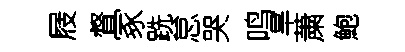
屐督冢跣怠哭鸣旱䔥鮑